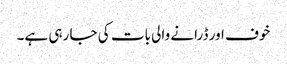
خوف اور ڈرانے والی بات کی جا رہی ہے۔